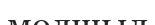
молшыл